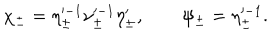
LaTeX: \chi _ { \pm } = \eta _ { \pm } ^ { \prime - 1 } \nu _ { \pm } ^ { \prime - 1 } \eta _ { \pm } ^ { \prime } , \qquad \psi _ { \pm } = \eta _ { \pm } ^ { \prime - 1 } .